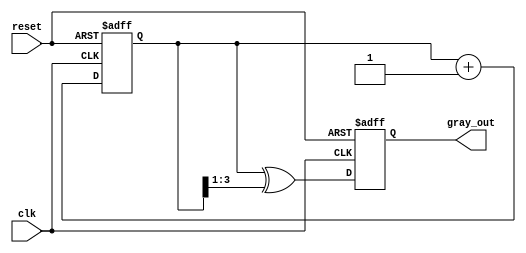
module gray_code_counter #(
    parameter N = 4 // Number of bits (change as needed)
)(
    input wire clk,           // Clock signal
    input wire reset,         // Asynchronous reset
    output reg [N-1:0] gray_out // Gray code output
);

    reg [N-1:0] binary_count; // Binary counter

    // Binary to Gray code conversion
    function [N-1:0] binary_to_gray;
        input [N-1:0] binary;
        begin
            binary_to_gray = binary ^ (binary >> 1);
        end
    endfunction

    // Asynchronous reset and counting logic
    always @(posedge clk or posedge reset) begin
        if (reset) begin
            binary_count <= 0; // Reset binary count to 0
            gray_out <= binary_to_gray(0); // Output corresponding Gray code
        end else begin
            binary_count <= binary_count + 1; // Increment binary count
            gray_out <= binary_to_gray(binary_count); // Update Gray code output
        end
    end

endmodule